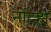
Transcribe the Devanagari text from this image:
नोंदही